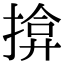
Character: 揜